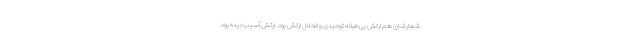
شعارشان هم ارتش بی‌طبقه توحیدی و انحلال ارتش بود. ارتش آسیب دیده بود.